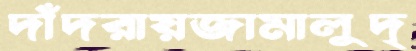
দাঁদরায়জামালুদ্